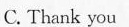
C. Thank you